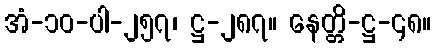
အံ-၁၀-ပါ-၂၅၇၊ ဋ္ဌ-၂၈၇။ နေတ္တိ-ဋ္ဌ-၄၈။